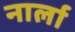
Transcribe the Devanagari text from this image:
नार्ला